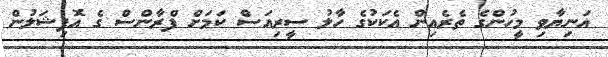
އަނިޔާވި މީހުންގެ ތެރެއިން އެކަކުގެ ހާލު ސީރިއަސް ކަމަށް ފްރާންސް ގެ އޮފިޝަލުން